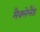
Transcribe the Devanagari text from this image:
मैक्लेलैंड